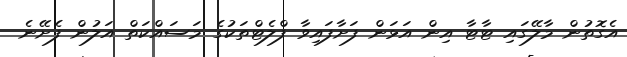
އެގޮތުން މާލޭގައި ޓާޓާ އިން އަޅަން ފަށާފައިވާ ފްލެޓްތަކުގެ މަސައްކަތް އަލުން ފެށޭނެ